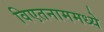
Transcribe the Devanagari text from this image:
विएतनाममध्ये